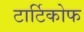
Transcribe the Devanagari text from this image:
टार्टिकोफ